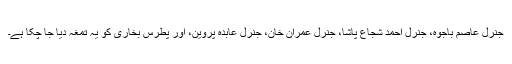
جنرل عاصم باجوہ، جنرل احمد شجاع پاشا، جنرل عمران خان، جنرل عابدہ پروین، اور پطرس بخاری کو یہ تمغہ دیا جا چکا ہے۔